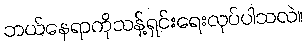
ဘယ်နေရာကိုသန့်ရှင်းရေးလုပ်ပါသလဲ။